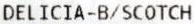
DELICIA-B/SCOTCH